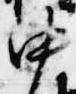
中